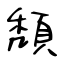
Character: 頽